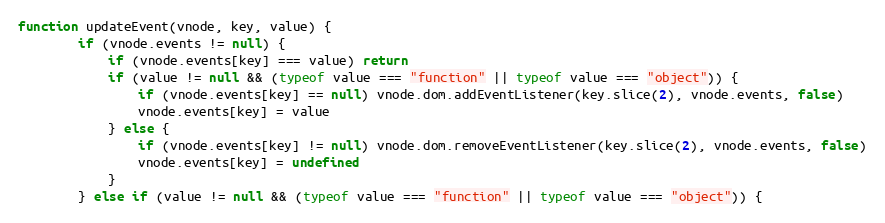
Language: JavaScript
function updateEvent(vnode, key, value) {
		if (vnode.events != null) {
			if (vnode.events[key] === value) return
			if (value != null && (typeof value === "function" || typeof value === "object")) {
				if (vnode.events[key] == null) vnode.dom.addEventListener(key.slice(2), vnode.events, false)
				vnode.events[key] = value
			} else {
				if (vnode.events[key] != null) vnode.dom.removeEventListener(key.slice(2), vnode.events, false)
				vnode.events[key] = undefined
			}
		} else if (value != null && (typeof value === "function" || typeof value === "object")) {